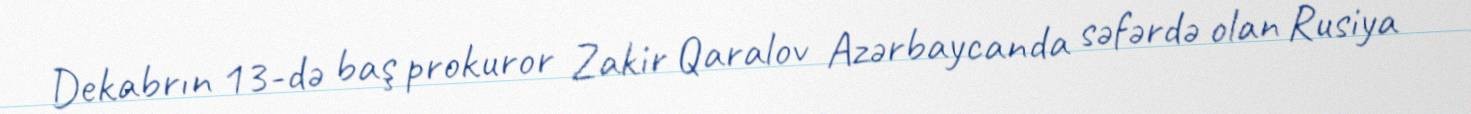
Dekabrın 13-də baş prokuror Zakir Qaralov Azərbaycanda səfərdə olan Rusiya